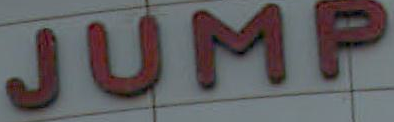
JUMP